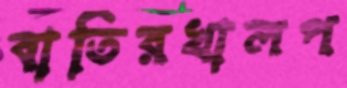
বাতিরখালপ